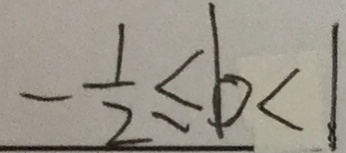
- \frac { 1 } { 2 } \leq b < 1